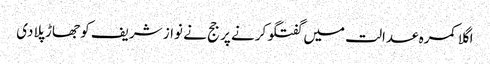
اگلا کمرہ عدالت میں گفتگو کرنے پر جج نے نواز شریف کو جھاڑ پلادی